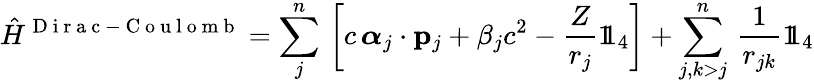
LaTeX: \hat{H}^{\mathrm{~D~i~r~a~c~-~C~o~u~l~o~m~b~}}=\sum_{j}^{n}\, \left[c\, \boldsymbol{\alpha}_{j}\cdot{\mathbf{p}}_{j}+\beta_{j}c^{2}-\frac{Z}{r_{j}}{1\! \! 1}_{4}\right]+\sum_{j,k>j}^{n}\, \frac{1}{r_{jk}}{1\! \! 1}_{4}